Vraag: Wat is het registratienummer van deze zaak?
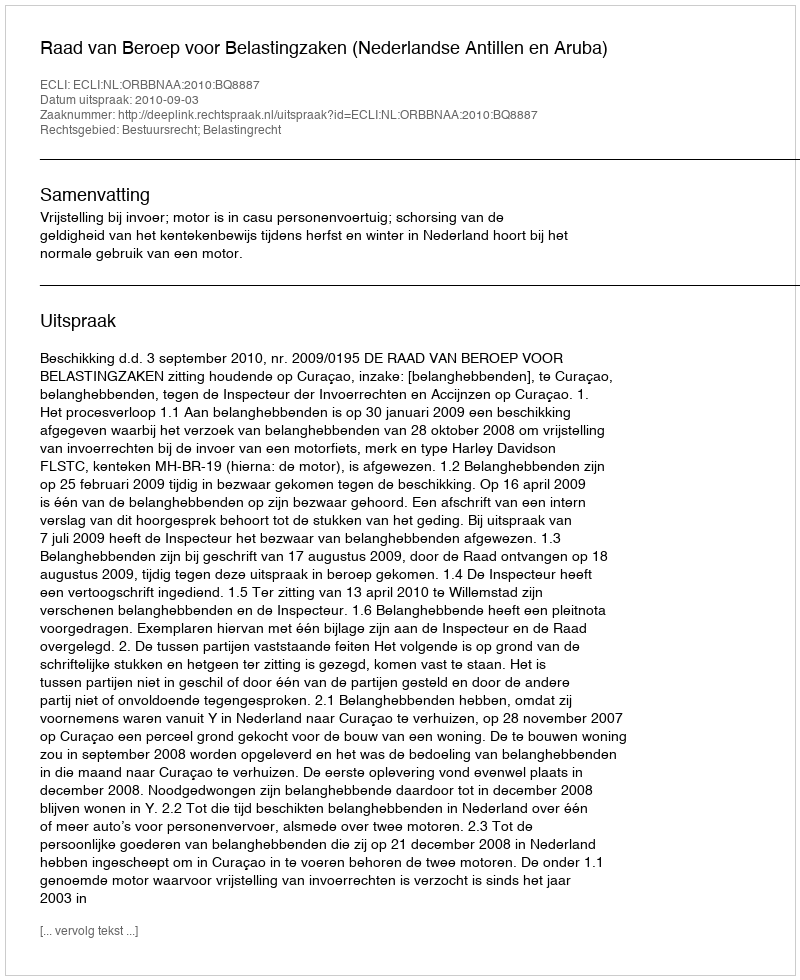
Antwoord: http://deeplink.rechtspraak.nl/uitspraak?id=ECLI:NL:ORBBNAA:2010:BQ8887